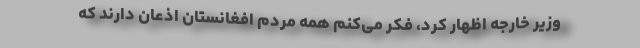
وزیر خارجه اظهار کرد، فکر می‌کنم همه مردم افغانستان اذعان دارند که